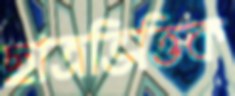
ছাত্রভিত্তিক